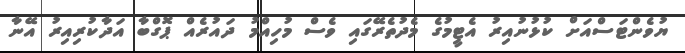
ޔުވެންޓަސްއަށް ކުޅުނުއިރު އެޓީމުގެ މެދުތެރޭގައި ވެސް މުހިއްމު ދައުރެއް ޕޮގްބާ އަދާކުރިއިރު އޭނާ